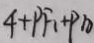
4 + P F _ { 1 } + P A